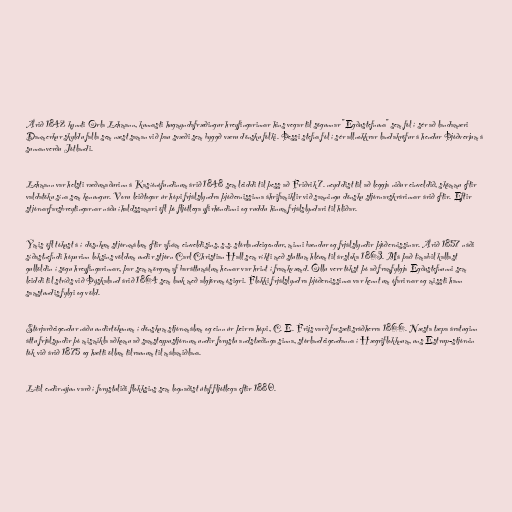
Árið 1842 kynnti Orla Lehmann, kunnasti hugmyndafræðingur hreyfingarinnar hins vegar til sögunnar "Egðustefnuna" sem fól í sér að landamæri
Danmerkur skyldu falla sem næst saman við þau svæði sem byggð væru dönsku fólki. Þessi stefna fól í sér allnokkrar landakröfur á hendur Þjóðverjum á
sunnanverðu Jótlandi.

Lehmann var helsti ræðumaðurinn á Kasíónófundinum árið 1848 sem leiddi til þess að Friðrik 7. neyddist til að leggja niður einveldið, skömmu eftir
valdatöku sína sem konungur. Voru leiðtogar úr hópi frjálslyndra þjóðernissinna áhrifamiklir við samningu dönsku stjórnarskrárinnar árið eftir. Eftir
stjórnarfarsbreytingarnar náðu íhaldssamari öfl þó fljótlega yfirhöndinni og ruddu hinum frjálslyndari til hliðar.

Ýmis öfl tókust á í dösnkum stjórnmálum eftir afnám einveldisins, s.s. stórlandeigendur, minni bændur og frjálslyndir þjóðernissinar. Árið 1857 náði
síðastnefndi hópurinn loksins völdum undir stjórn Carl Christian Hall sem ríkti með stuttum hléum til ársloka 1863. Má það tímabil kallast
gullöldin í sögu hreyfingarinnar, þar sem mörgum af baráttumálum hennar var hrint í framkvæmd. Öllu verr tókst þó að framfylgja Egðustefnunni sem
leiddi til stríðs við Þýskaland árið 1864 sem lauk með algjörum ósigri. Flokki frjálslyndra þjóðernissinna var kennt um ófarirnar og missti hann
samstundis fylgi og völd.

Stórjarðeigendur náðu undirtökunum í dönskum stjórnmálum og einn úr þeirra hópi, C. E. Frijs varð forsætisráðherra 1866. Næsta tæpa áratuginn
áttu frjálsyndir þó mismikla aðkomu að samsteypustjórnum undir forystu andstæðinga sinna, stórlandeigendanna í Hægriflokknum, uns Estrup-stjórnin
tók við árið 1875 og hætti öllum tilraunum til málamiðlana.

Lítil endirnýjun varð í forystuliði flokksins sem lognaðist útaf fljótlega eftir 1880.